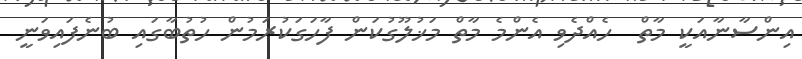
އިންސާނާއަކީ މާތް  ހެއްދެވި އެންމެ މާތް މަޚުލޫގުކަން ފާހަގަކުރަމުން ހުތުބާގައި ބުނެފައިވަނީ